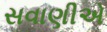
સવાણીએ